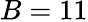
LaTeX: B=11